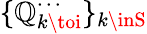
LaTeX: \{ \mathbb{Q}_{k\toi}^{\cdots}\} _{k\inS}